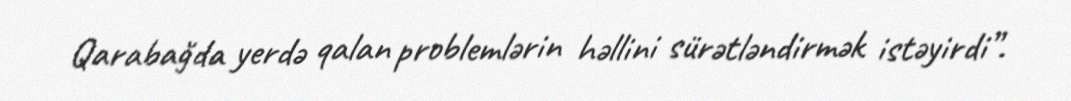
Qarabağda yerdə qalan problemlərin həllini sürətləndirmək istəyirdi”.